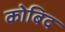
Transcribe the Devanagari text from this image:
कोबिद